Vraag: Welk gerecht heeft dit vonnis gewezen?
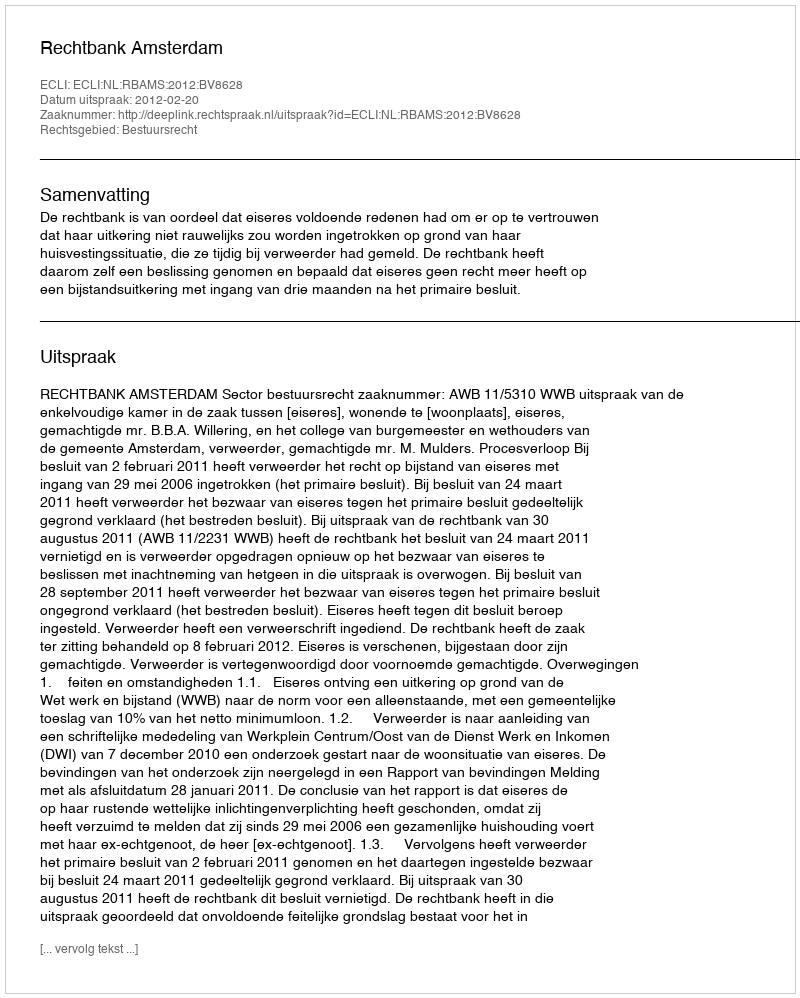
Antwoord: Rechtbank Amsterdam